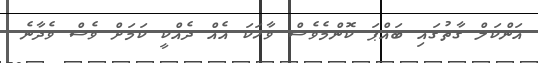
އަންކަލް ގާތުގައި ބައްޕަ ކޮންމެވެސް ވާހަކަ އެއް ދެއްކީ ކަމަށް ވެސް ވެދާނެ